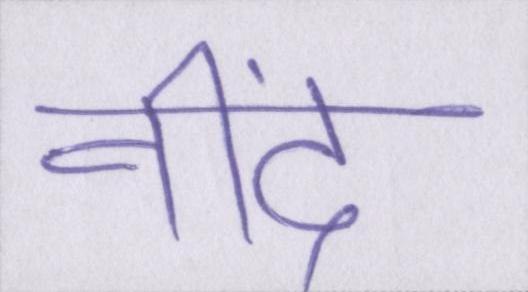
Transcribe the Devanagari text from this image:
नींद